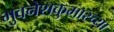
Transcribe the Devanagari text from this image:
भुवनेशकुमारच्या